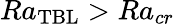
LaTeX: Ra_{\mathrm{TBL}}>Ra_{cr}